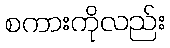
စကားကိုလည်း